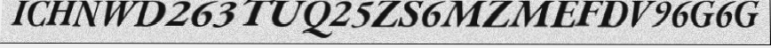
ICHNWD263TUQ25ZS6MZMEFDV96G6G